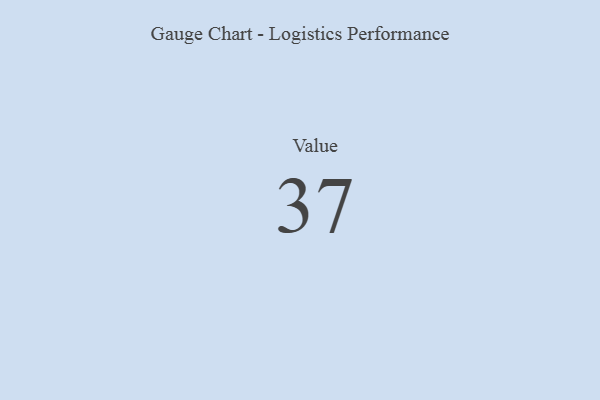
{"axis": {"x": "Metric", "y": "Value"}, "legend": [""], "data": [{"x": "Value", "y": 37, "type": ""}]}